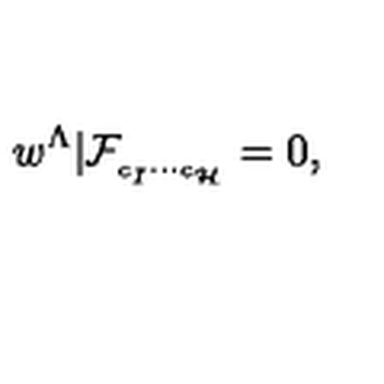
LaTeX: w ^ { \Lambda } \vert \mathcal { F } _ { _ { c _ { I } \cdots c _ { \mathcal { H } } } } = 0 ,